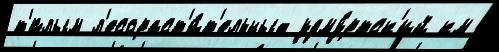
т'́плым л'есораст'и́т'ельных удму́ртск'ий км